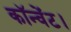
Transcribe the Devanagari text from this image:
कॉन्वेंट।